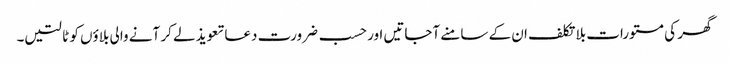
گھر کی مستورات بلا تکلف ان کے سامنے آجاتیں اور حسب ضرورت دعا تعویذ لے کر آنے والی بلاؤں کو ٹالتیں۔